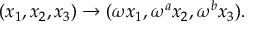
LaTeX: ( x _ { 1 } , x _ { 2 } , x _ { 3 } ) \rightarrow ( \omega x _ { 1 } , \omega ^ { a } x _ { 2 } , \omega ^ { b } x _ { 3 } ) .